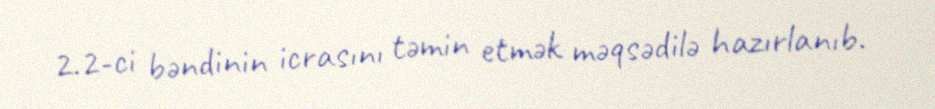
2.2-ci bəndinin icrasını təmin etmək məqsədilə hazırlanıb.